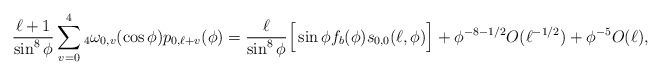
LaTeX: \begin{align*}\frac{\ell+1}{\sin^8 \phi} \sum_{v=0}^4 {_4}\omega_{0,v}(\cos \phi) p_{0,\ell+v}(\phi) =\frac{\ell}{\sin^8 \phi} \Big[ \sin \phi f_b(\phi) s_{0,0}(\ell,\phi) \Big]+\phi^{-8-1/2} O(\ell^{-1/2})+\phi^{-5} O(\ell), \end{align*}